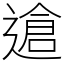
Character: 䢢